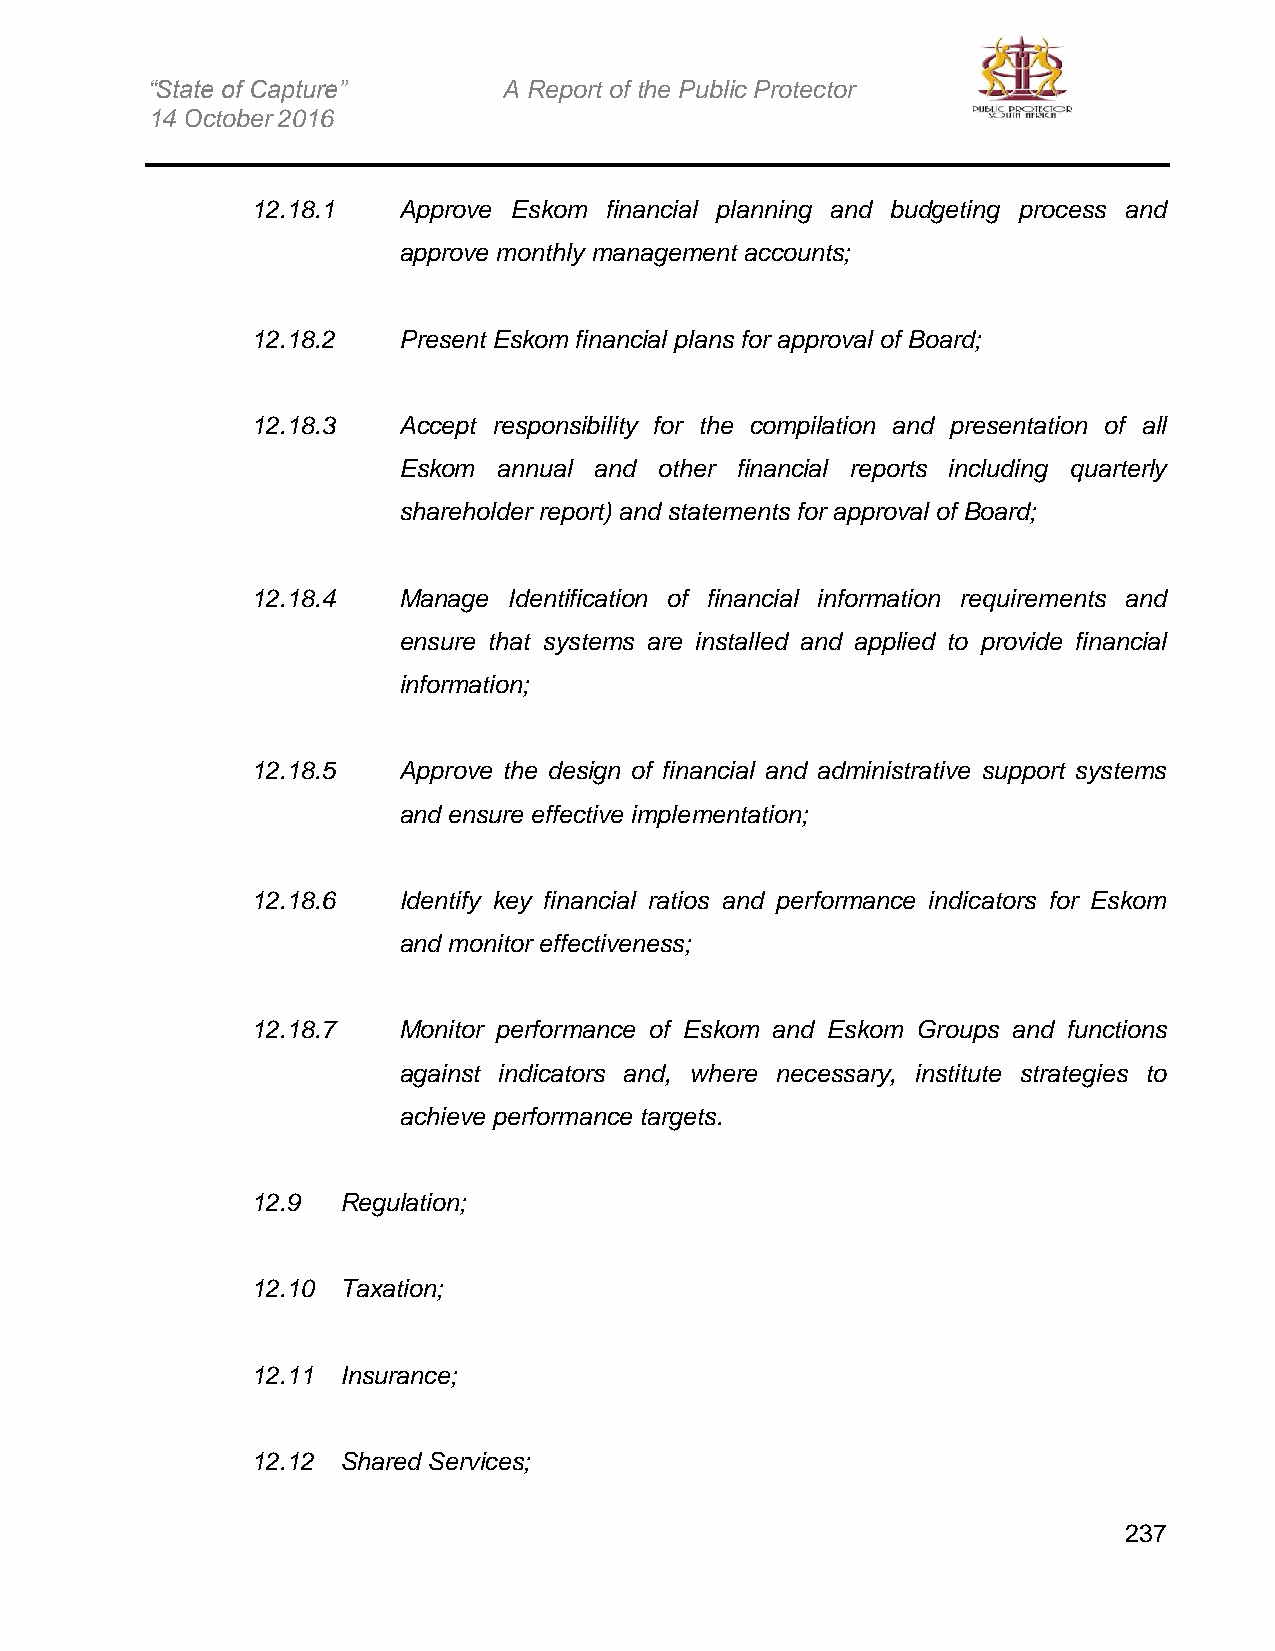
“State of Capture”     A Report of the Public Protector
 14 October 2016
 12.18.1  Approve Eskom financial planning and budgeting process and
 approve monthly management accounts;
 12.18.2  Present Eskom financial plans for approval of Board;
 12.18.3  Accept responsibility for the compilation and presentation of all
 Eskom  annual and other financial reports including quarterly
 shareholder report) and statements for approval of Board;
 12.18.4  Manage  Identification of financial information requirements and
 ensure that systems are installed and applied to provide financial
 information;
 12.18.5  Approve the design of financial and administrative support systems
 and ensure effective implementation;
 12.18.6  Identify key financial ratios and performance indicators for Eskom
 and monitor effectiveness;
 12.18.7  Monitor performance of Eskom and Eskom Groups and functions
 against indicators and, where necessary, institute strategies to
 achieve performance targets.
 12.9 Regulation;
 12.10 Taxation;
 12.11 Insurance;
 12.12 Shared Services;
 237